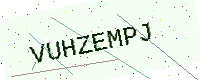
Text: VUHZEMPJ